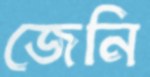
জেনি